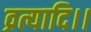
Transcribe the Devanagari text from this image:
व्रत्यादि।।